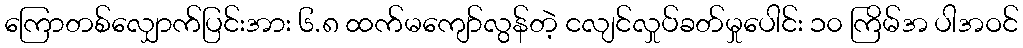
ကြောတစ်လျှောက်ပြင်းအား ၆.၈ ထက်မကျော်လွန်တဲ့ ငလျင်လှုပ်ခတ်မှုပေါင်း ၁၀ ကြိမ်အ ပါအဝင်